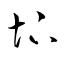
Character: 圷